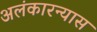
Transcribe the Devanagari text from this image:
अलंकारन्यास